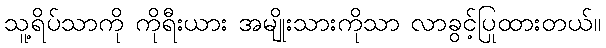
သူ့ရိပ်သာကို ကိုရီးယား အမျိုးသားကိုသာ လာခွင့်ပြုထားတယ်။